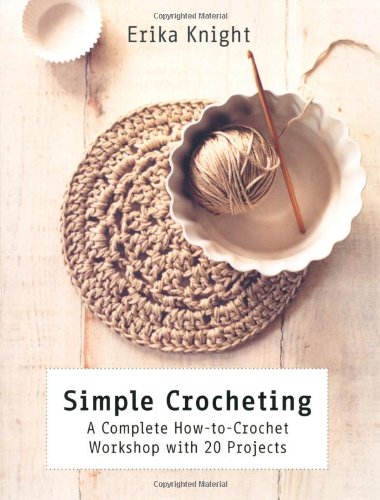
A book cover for Simple Crocheting: A Complete How-to-Crochet Workshop with 20 Projects; Erika Knight; Crafts, Hobbies & Home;